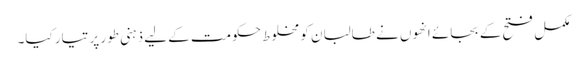
مکمل فتح کے بجائے انھوں نے طالبان کو مخلوط حکومت کے لیے ذہنی طور پر تیار کیا۔